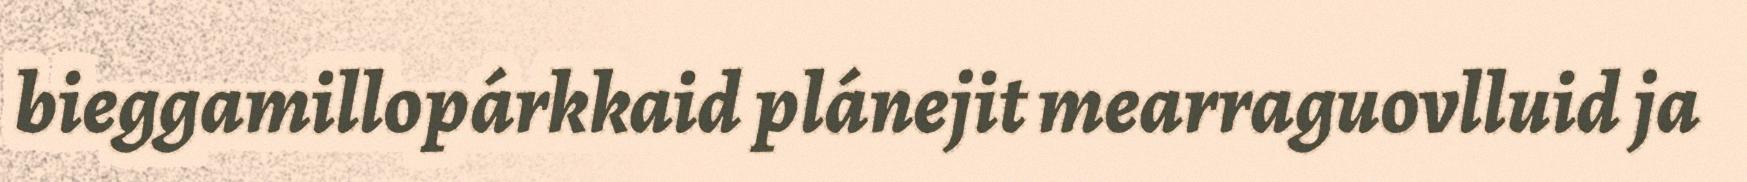
bieggamillopárkkaid plánejit mearraguovlluid ja